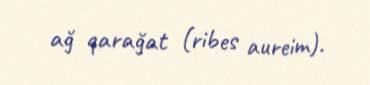
ağ qarağat (ribes aureim).